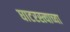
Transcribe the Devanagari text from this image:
घाटरस्त्याच्या